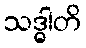
သဒ္ဓါတိ